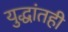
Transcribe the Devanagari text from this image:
युद्धांतही